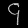
Digit: ၄